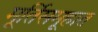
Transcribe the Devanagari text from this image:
मूर्तिसमूहात